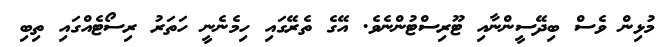
މުޅިން ވެސް ބިދޭސީންނާއި ޓޫރިސްޓުންނެވެ. އޭގެ ތެރޭގައި ހިމެނެނީ ހަތަރު ރިސޯޓެއްގައި ތިބި